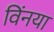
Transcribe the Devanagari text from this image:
विंनया